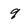
Character: 9